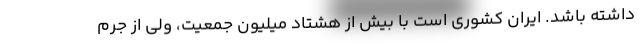
داشته باشد. ایران کشوری است با بیش از هشتاد میلیون جمعیت، ولی از جرم